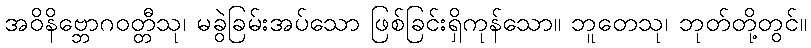
အဝိနိဗ္ဘောဂဝတ္တီသု၊ မခွဲခြမ်းအပ်သော ဖြစ်ခြင်းရှိကုန်သော။ ဘူတေသု၊ ဘုတ်တို့တွင်။